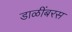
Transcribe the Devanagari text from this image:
डाळींबरस